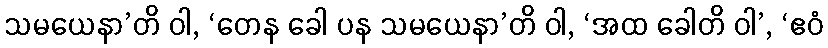
သမယေနာ’တိ ဝါ, ‘တေန ခေါ ပန သမယေနာ’တိ ဝါ, ‘အထ ခေါတိ ဝါ’, ‘ဧဝံ